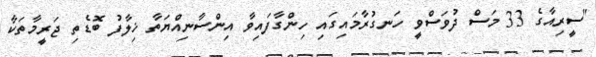
"ސީރިއާގެ 33 މަސް ދުވަސްވީ ހަނގުރާމައިގައި ހިންގާފައިވާ އިންސާނިއްޔަތާ ޚިލާފު ބޮޑެތި ޖަރީމާތަކާ